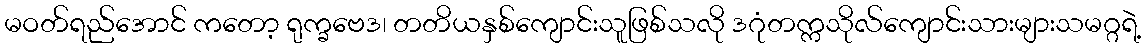
မဝတ်ရည်အောင် ကတော့ ရုက္ခဗေဒ၊ တတိယနှစ်ကျောင်းသူဖြစ်သလို ဒဂုံတက္ကသိုလ်ကျောင်းသားများသမဂ္ဂရဲ့